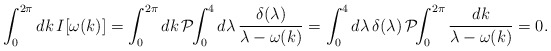
\begin{align*}\int_0^{2\pi} d k\,I[\omega(k)]=\int_0^{2\pi} d k\,\mathcal{P}\!\!\int_0^4 d\lambda\, \frac{\delta(\lambda)}{\lambda-\omega(k)}=\int_0^4 d\lambda\, \delta(\lambda)\,\mathcal{P}\!\!\int_0^{2\pi} \frac{d k}{\lambda-\omega(k)}=0.\end{align*}